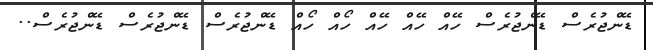
ޑޭންޖުރެސް ޑޭންޖުރެސް ހޭއް ހޭއް ހޭއް ހޯއް ހޯއް ޑޭންޖުރެސް ޑޭންޖުރެސް ޑޭންޖުރެސް..